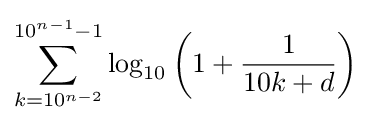
\sum _{k=10^{n-2}}^{10^{n-1}-1}\log _{10}\left(1+{\frac {1}{10k+d}}\right)